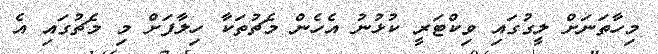
މިހާތަނަށް ލީގުގައި ވިކްޓަރީ ކުޅުނު އެހެން މެޗުތަކާ ހިލާފަށް މި މެޗުގައި އެ